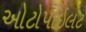
ઓટોપાઇલટ